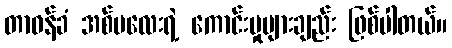
တာဝန်ခံ အစ်မလေးရဲ့ ကောင်းမှုများချည်း ဖြစ်ပါတယ်။